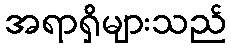
အရာရှိများသည်